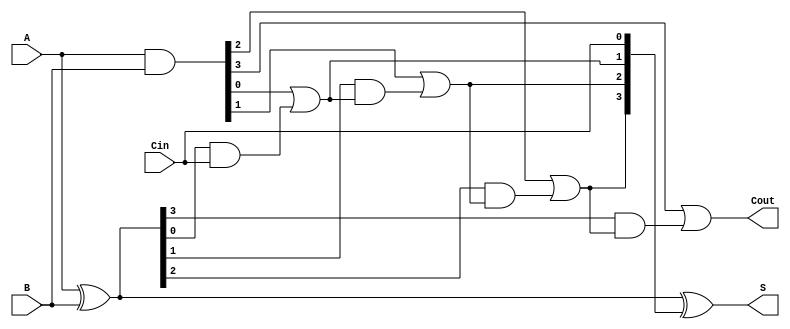
module SklanskyAdder #(parameter n = 4) (
    input [n-1:0] A,       // First input
    input [n-1:0] B,       // Second input
    input Cin,             // Carry in
    output [n-1:0] S,      // Sum output
    output Cout            // Carry out
);

    wire [n-1:0] G;        // Generate signals
    wire [n-1:0] P;        // Propagate signals
    wire [n:0] C;          // Carry signals

    // Generate and Propagate calculations
    assign G = A & B;            // Generate
    assign P = A ^ B;            // Propagate

    // Carry generation
    assign C[0] = Cin;           // C[0] = Cin

    genvar i;
    generate
        for (i = 1; i <= n; i = i + 1) begin : carry_gen
            assign C[i] = G[i-1] | (P[i-1] & C[i-1]);
        end
    endgenerate

    // Sum calculation
    assign S = A ^ B ^ C[n-1:0]; // S[i] = A[i] ^ B[i] ^ C[i]

    // Carry out
    assign Cout = C[n];          // Carry out

endmodule